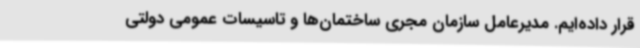
قرار داده‌ایم. مدیرعامل سازمان مجری ساختمان‌ها و تاسیسات عمومی دولتی